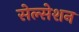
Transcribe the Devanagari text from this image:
सेल्सेशन